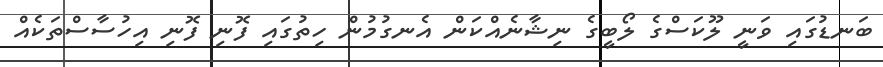
ބަނޑުގައި ވަނީ ލޫކަސްގެ ލޯބީގެ ނިޝާނެއްކަން އެނގުމުން ހިތުގައި ފޮނި ފޮނި އިހުސާސްތަކެއް